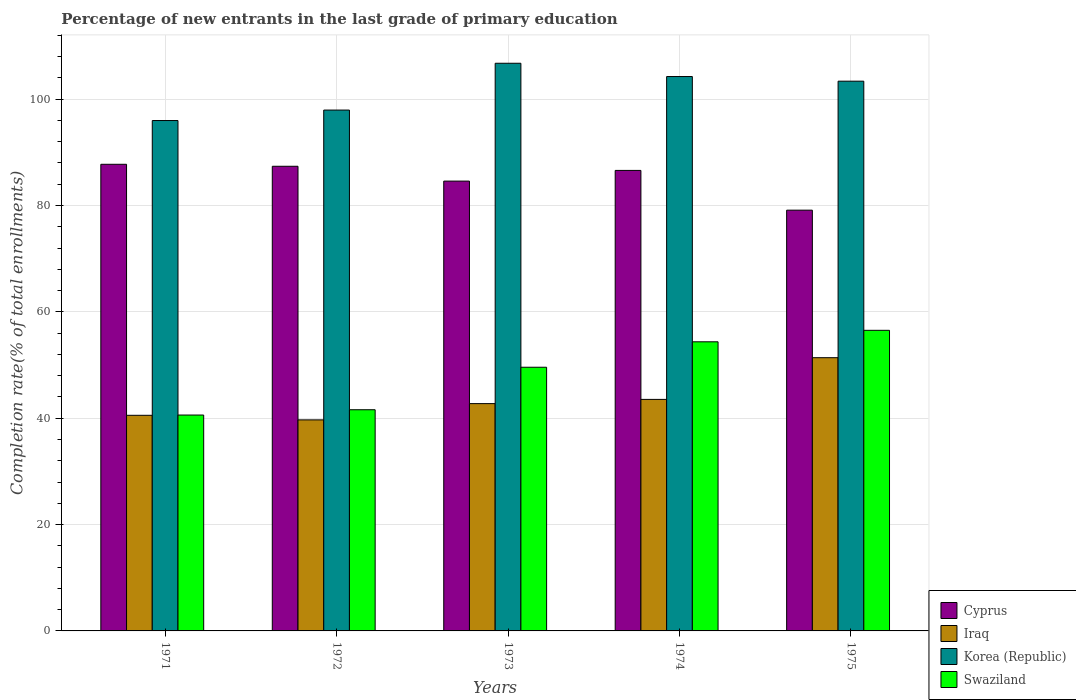
| Years | Cyprus | Iraq | Korea (Republic) | Swaziland |
 | --- | --- | --- | --- | --- |
 | 1971 | 87.7 | 40.5 | 96 | 40.6 |
 | 1972 | 87.4 | 39.7 | 97.9 | 41.6 |
 | 1973 | 84.6 | 42.7 | 107 | 49.6 |
 | 1974 | 86.6 | 43.5 | 104 | 54.4 |
 | 1975 | 79.1 | 51.4 | 103 | 56.5 |